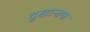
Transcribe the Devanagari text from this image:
दुखान्तक